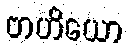
ဗာဟိယော